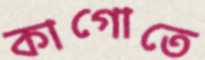
কাগোতে